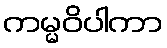
ကမ္မဝိပါကာ